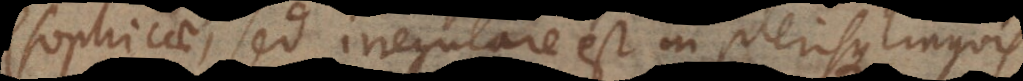
philosophicae, sed irregulare est in plerisque linguis